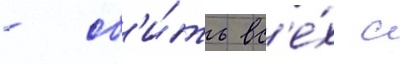
- сб'и́ть вс'е́х с